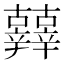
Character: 𨑀